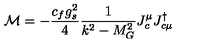
{ \cal M } = - \frac { c _ { f } g _ { s } ^ { 2 } } { 4 } \frac { 1 } { k ^ { 2 } - M _ { G } ^ { 2 } } J _ { c } ^ { \mu } J _ { c \mu } ^ { \dagger }